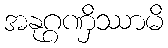
အနုဂ္ဂဏှိဿာမိ